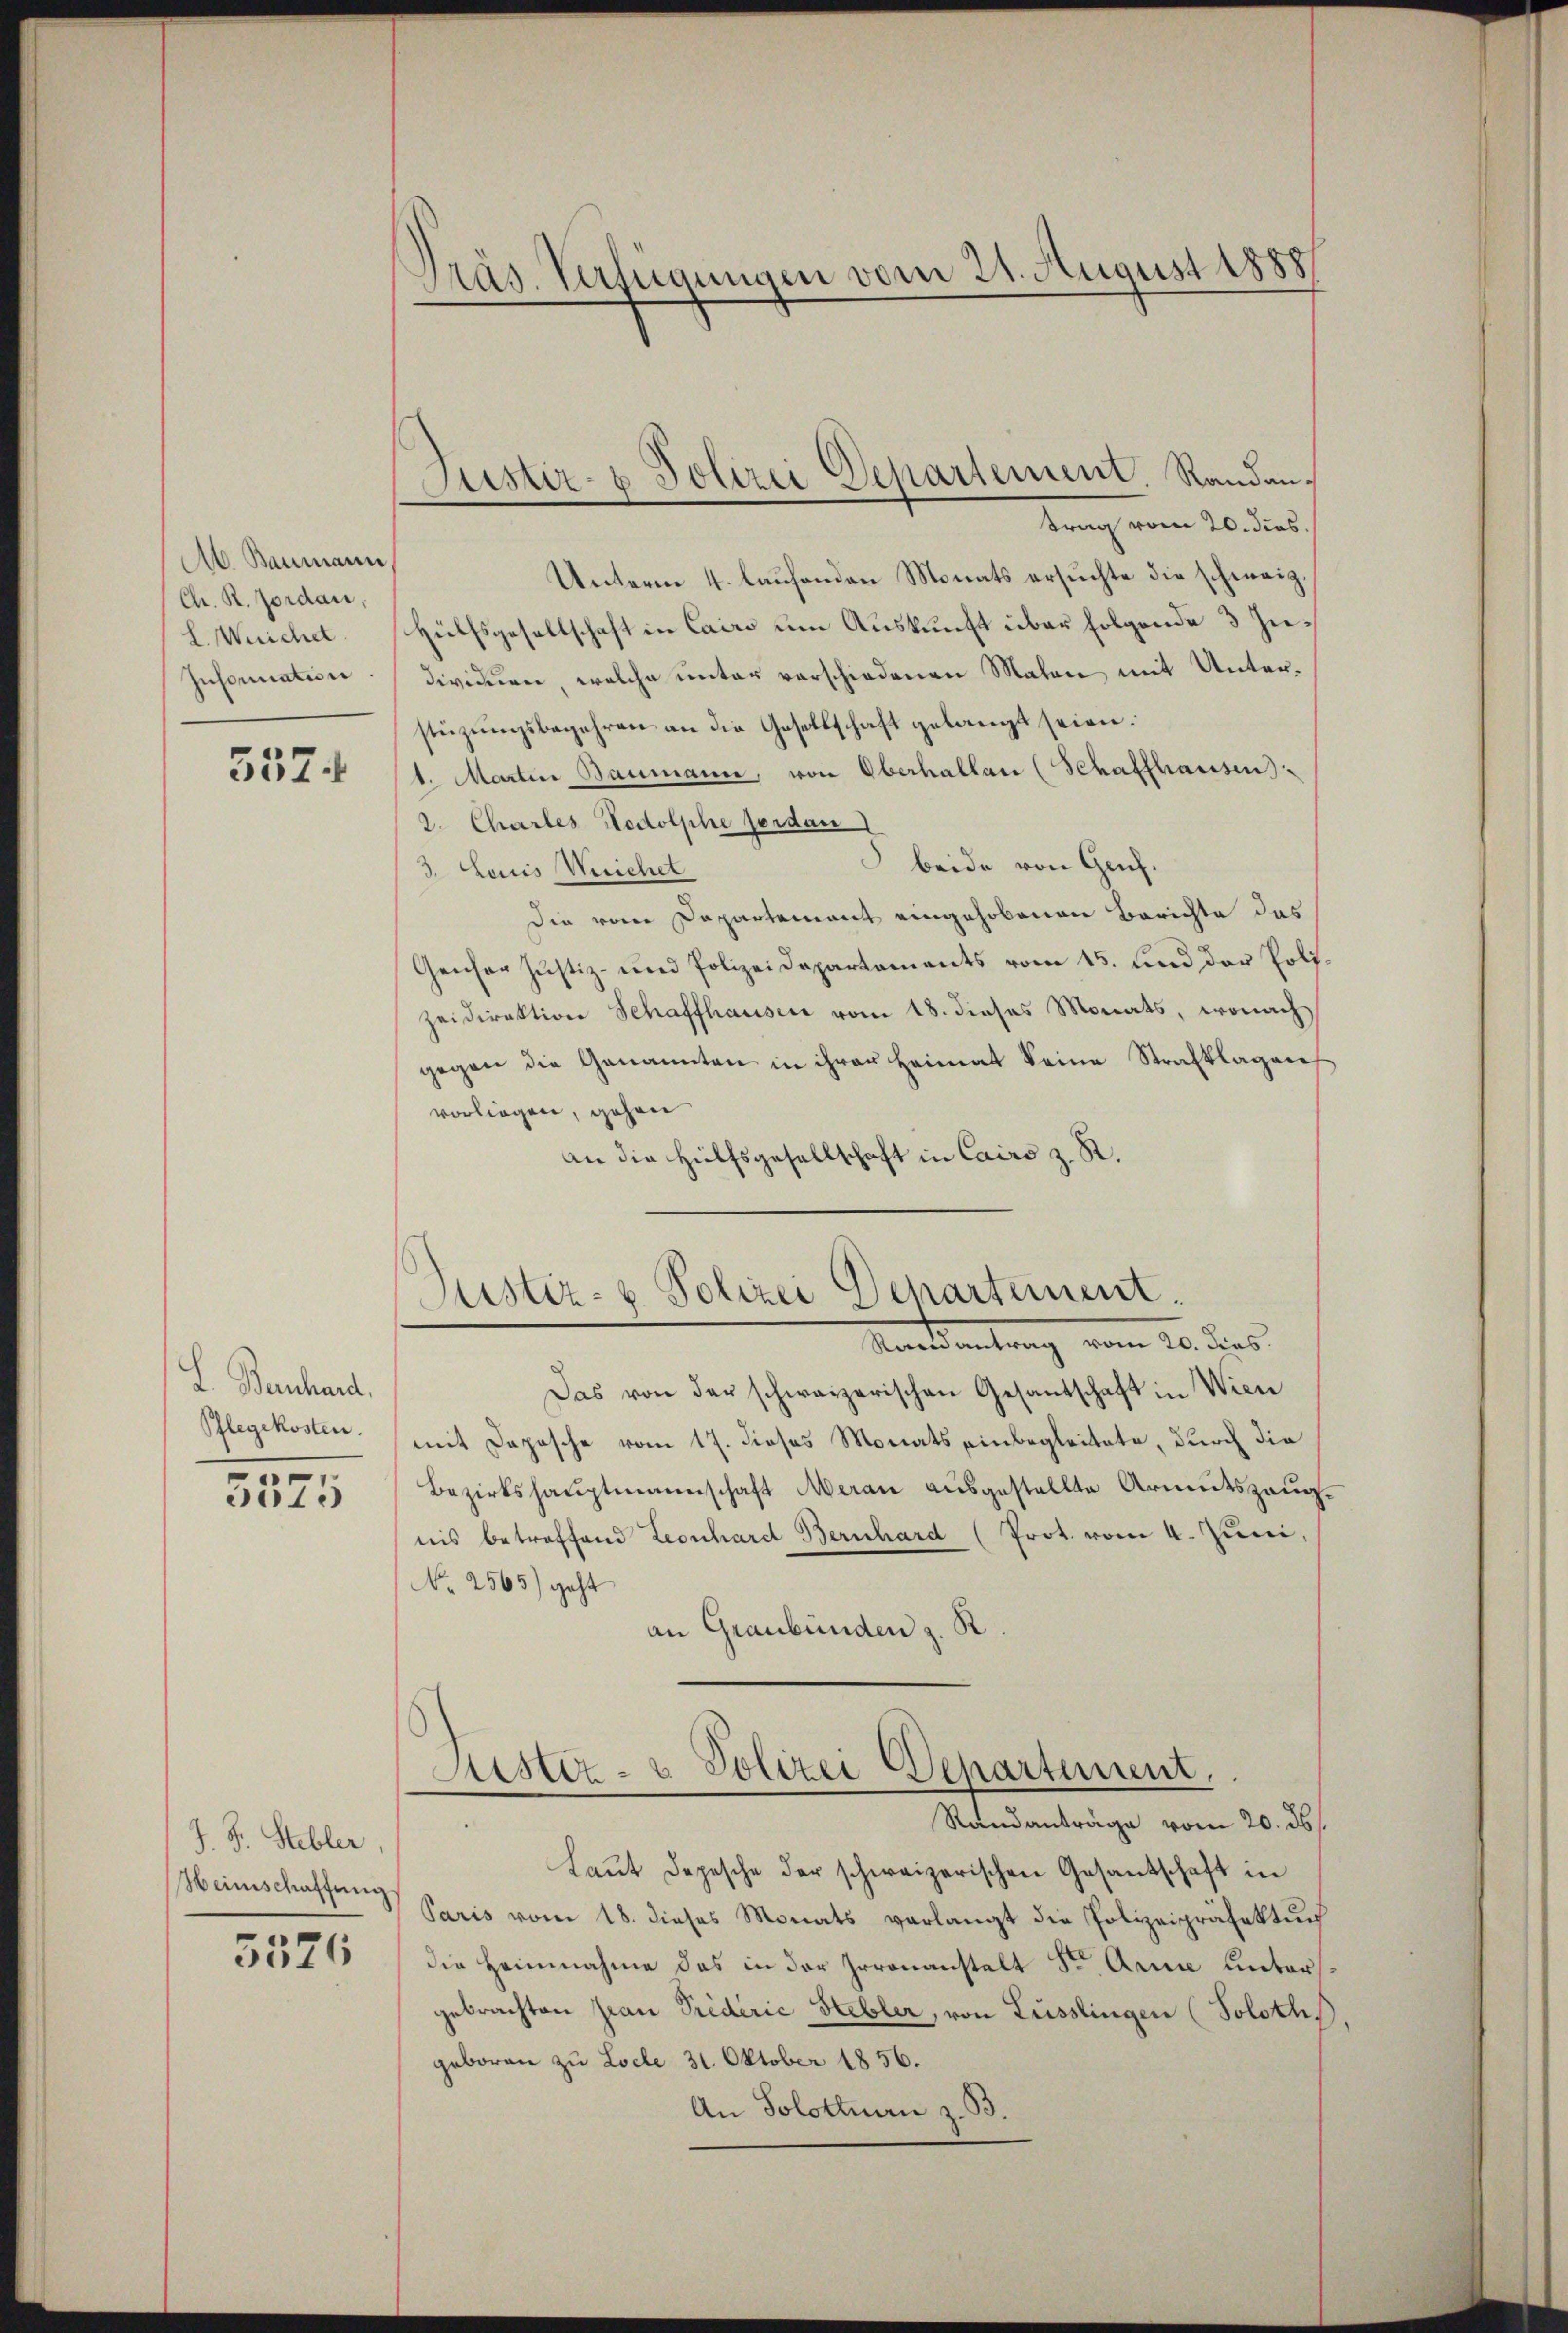
A. Baumann,
Chr. R. Jordan,
L. Weichel
Inscrication

5574

L. Bernhard,
Pflegekosten.
5575

J. F. Stebler.
Weinschaffung
5526

Präs. Verfügungen vom 21. August 1888

Justiz- & Polizei Departement. Randantrag vom 20. dies,

Justiz- & Polizei Departement
Racentrag vom 20. dies

Das von der schweizerischen Gesandschaft in Wien
mit Daposche vom 17. dieses Monats einbegleitete, durch die
Bezirkshauptmannschaft Meran ausgestellte Armutszeugnis betreffend Leonhard Bernhard (Prot. vom 4. Juni,
No 2565) geht
an Graubünden z. R.

Unterm 4. laŭfenden Monats ersŭchte die schweiz.
Hülfsgesellschaft in Cairo um Auskunft über folgende 3 Individuen, welche unter vorschiedenen Malen mit Unterstüzungsbegehren an die Gesellschaft gelangt seien.
1. Martin Baumann, von Oberhallen (Schaffhausen
2. Charles Nedolphe perdan
beide von Genf.
3. Louis Werichel
Die von Departement eingehobenen Berichte das
Gencher Justiz- und Polizeidepartaments vom 15. und der Polizeidirektion Schaffhausen vom 18. dieses Monats, wonach
gegen die Genannten in ihrer Heimat keine Strafklagen
vorliegen, gehen
an die Hülfsgesellschaft in Cairo z. R.

Justiz- & Polizei Departement.
Randanträge vom 20. ds.

Laŭt Depesche der schweizerischen Gesandschaft in
Paris vom 18. dieses Monats verlangt die Polizeipräfektur
die Heinnahme das in der Irrenanstalt Dr Arme untersgebrachten Jean Predérić Hebler, von Lüsslingen (Soloth.
geboren zu Locle 31. Oktober 1856.
An Solothurn z. B.